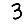
Digit: 3